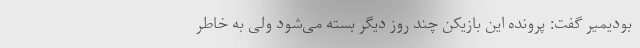
بودیمیر گفت: پرونده این بازیکن چند روز دیگر بسته می‌شود ولی به خاطر